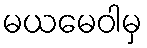
မယမေဝါမှ